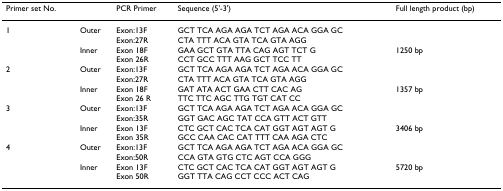
| Primer set No. |  | PCR Primer | Sequence (5'-3') | Full length product (bp) |
 | --- | --- | --- | --- | --- |
 | 1 | Outer | Exon:13FExon:27R | GCT TCA AGA AGA TCT AGA ACA GGA GCCTA TTT ACA GTA TCA GTA AGG |  |
 |  | Inner | Exon 18FExon 26R | GAA GCT GTA TTA CAG AGT TCT GCCT GCC TTT AAG GCT TCC TT | 1250 bp |
 | 2 | Outer | Exon:13FExon:27R | GCT TCA AGA AGA TCT AGA ACA GGA GCCTA TTT ACA GTA TCA GTA AGG |  |
 |  | Inner | Exon 18FExon 26 R | GAT ATA ACT GAA CTT CAC AGTTC TTC AGC TTG TGT CAT CC | 1357 bp |
 | 3 | Outer | Exon:13FExon:35R | GCT TCA AGA AGA TCT AGA ACA GGA GCGGT GAC AGC TAT CCA GTT ACT GTT |  |
 |  | Inner | Exon 13FExon 35R | CTC GCT CAC TCA CAT GGT AGT AGT GGCC CAA CAC CAT TTT CAA AGA CTC | 3406 bp |
 | 4 | Outer | Exon:13FExon:50R | GCT TCA AGA AGA TCT AGA ACA GGA GCCCA GTA GTG CTC AGT CCA GGG |  |
 |  | Inner | Exon 13FExon 50R | CTC GCT CAC TCA CAT GGT AGT AGT GGGT TTA CAG CCT CCC ACT CAG | 5720 bp |